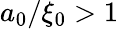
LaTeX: a_{0}/\xi_{0}>1